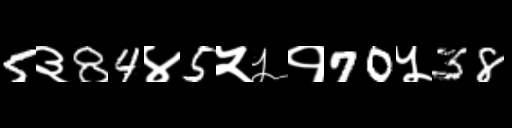
Text: 5३84४5५५१70५38